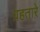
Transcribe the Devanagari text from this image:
ग्रहतारे